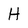
Character: H